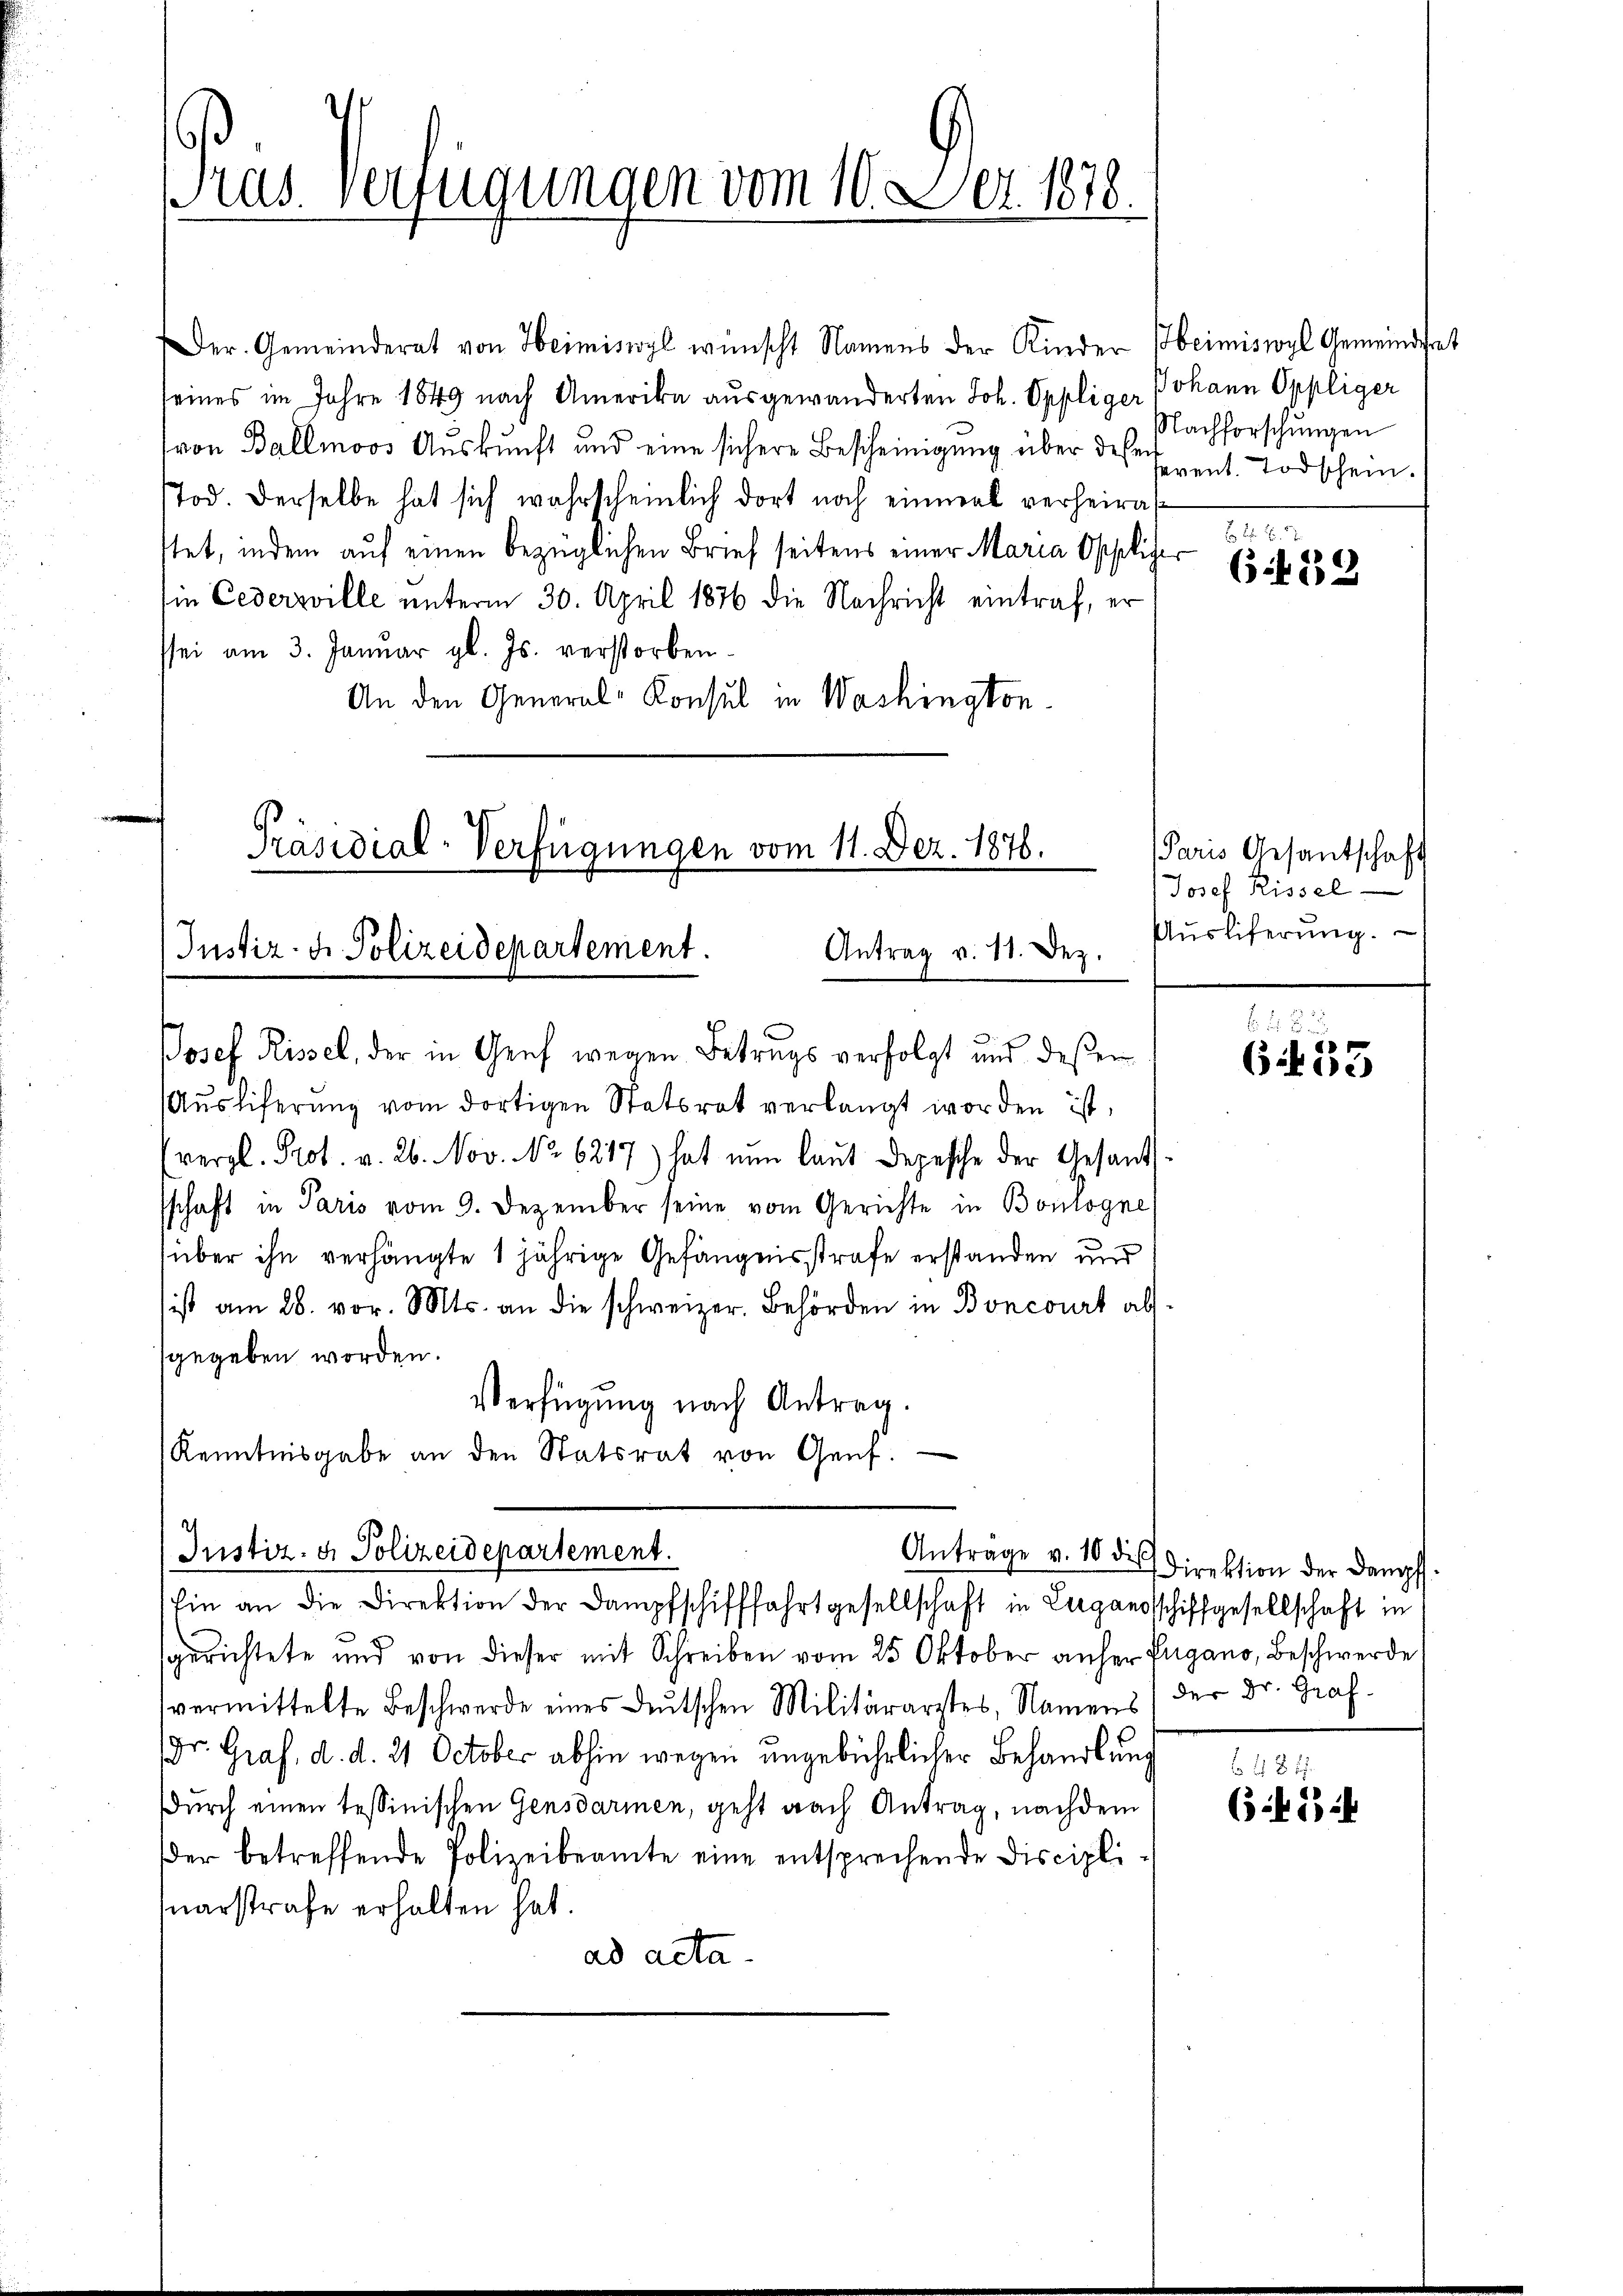
Pras Verfügungen vom 16. Dez. 1878.

Der Gemeinderat von Heimiswyl wünscht Namens der Kinder Heimiswyl Gemeindsrat
seines im Jahre 1849 nach Amerika ausgewanderten Joh. Oppliger Johann Oppliger
von Ballmoos Auskunft und eine sichere Bescheinigung über des Event. Todschein.
Tod. Derselbe hat sich wahrscheinlich dort noch einmal verheirat
stet, indem auf einen bezüglichen Brief seitens einer Maria Ospolizer
sin Cedersville unterm 30. April 1876 die Nachricht eintraf, er
sei am 3. Januar gl. Js. verstorben.
An den General-Konsul in Washington
Präsidial-Verfügungen vom 11. Dez. 1878.

Justiz- & Polizeidepartement.
Antrag v. 11. Dez.

Josef Rissel, der in Genf wegen Betrugs verfolgt und deßen
Aŭsliferŭng vom dortigen Statsrat verlangt worden ist,
(vergl. Prot. v. 26. Nov. No 6217) hat nun laut Depesche der Gesandt
sschaft in Paris vom 9. Dezember seine vom Gerichte in Boulogne
über ihn verhängte 1 jährige Gefängnisstrafe erstanden und
ist am 28. vor. Mts. an die schweizer. Behörden in Boncourt als
sgegeben worden.
Verfügung nach Antrag.
Kenntnisgabe an den Statsrat von Genf.
Antrage v. 10 die
Justiz- & Polizeidepartement.
Ein an die Direktion der Dampfschifffahrtgesellschaft in Bergandschiffgesellschaft in
sgerichtete und von dieser mit Schreiben vom 25. Oktober anher Zugano, Beschwerde
vermittelte Beschwerde eines deutschen Militärarztes, Namens der Dr. Graf-
Dr. Graf, d. d. 21 October abhin wegen ungebührlicher Behandlung
Durch einen tessinischen Gensdarmen, geht nach Antrag, nachdem
er betreffende Polizeibeamte eine entsprechende Discipli-
Querstrafe erhalten hat.
ad acta.

Nachforschungen

2
(12

Paris Gesantschaft
Josef Rissel
Ausliferung.

b.
635

Direktion der Dampf

b. 1812.
if. 2 i